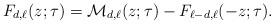
LaTeX: \begin{align*} F_{d,\ell} (z;\tau) = \mathcal{M}_{d, \ell}(z;\tau) - F_{\ell-d,\ell}(-z;\tau). \end{align*}